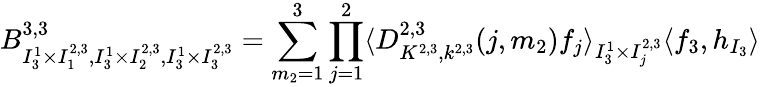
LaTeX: B_{I_{3}^{1}\times I_{1}^{2,3},I_{3}^{1}\times I_{2}^{2,3},I_{3}^{1}\times I_{3}^{2,3}}^{3,3}=\sum_{m_{2}=1}^{3}\prod_{j=1}^{2}\langle D_{K^{2,3},k^{2,3}}^{2,3}(j,m_{2})f_{j}\rangle_{I_{3}^{1}\times I_{j}^{2,3}}\langle f_{3},h_{I_{3}}\rangle